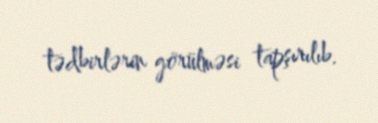
tədbirlərin görülməsi tapşırılıb.